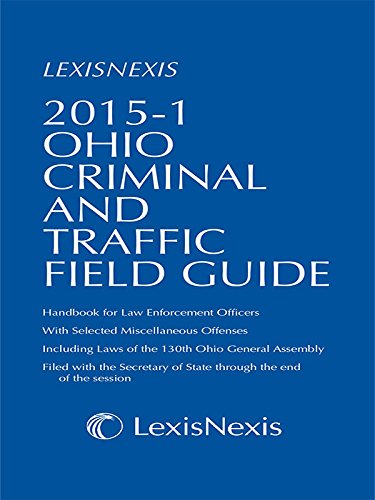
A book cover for Ohio Criminal and Traffic Field Guide, 2015-1 Edition; Publisher's Editorial Staff; Reference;